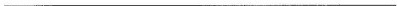
___